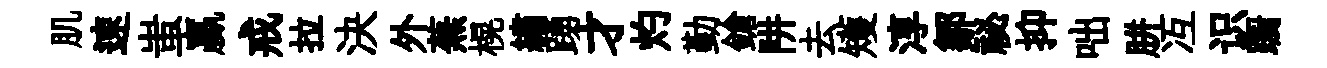
肌速蚩贏戒拉決外蕪榥繡踴才灼勤鎗阱去矱淳鄒祕抑咄胼冱识蹰